Civil Veterinary Department. Madras. Admin. report 1926-33 - 1926-1933
Year: 1926
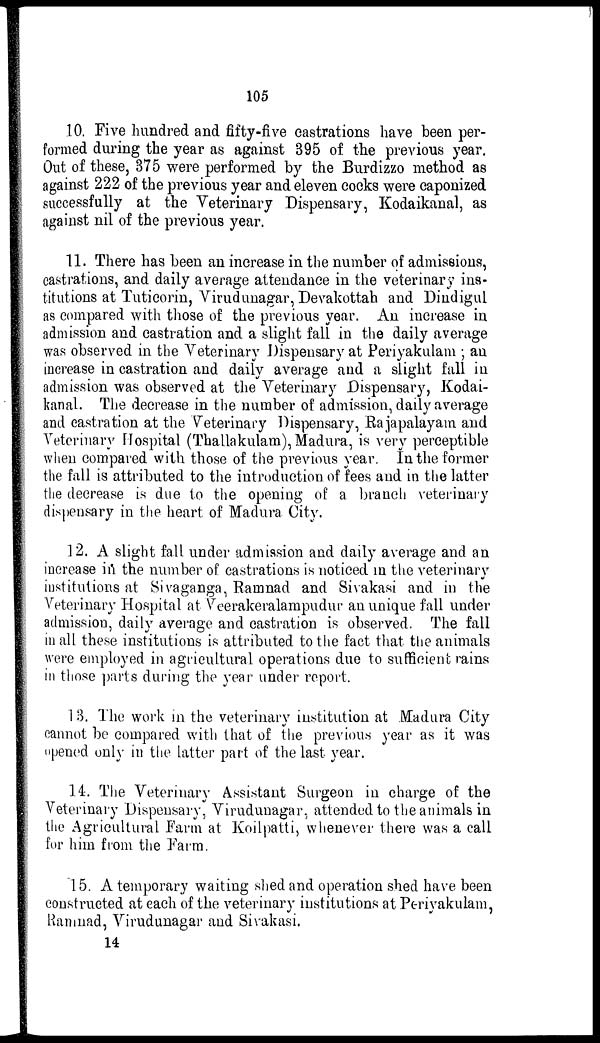
105
10. Five hundred and fifty-five castrations have been per-
formed during the year as against 395 of the previous year.
Out of these, 375 were performed by the Burdizzo method as
against 222 of the previous year and eleven cocks were caponized
successfully at the Veterinary Dispensary, Kodaikanal, as
against nil of the previous year.
11. There has been an increase in the number of admissions,
castrations, and daily average attendance in the veterinary ins-
titutions at Tuticorin, Virudunagar, Devakottah and Dindigul
as compared with those of the previous year. An increase in
admission and castration and a slight fall in the daily average
was observed in the Veterinary Dispensary at Periyakulam ; an
increase in castration and daily average and a slight fall in
admission was observed at the Veterinary Dispensary, Kodai-
kanal. The decrease in the number of admission, daily average
and castration at the Veterinary Dispensary, Rajapalayam and
Veterinary Hospital (Thallakulam), Madura, is very perceptible
when compared with those of the previous year. In the former
the fall is attributed to the introduction of fees and in the latter
the decrease is due to the opening of a branch veterinary
dispensary in the heart of Madura City.
12. A slight fall under admission and daily average and an
increase in the number of castrations is noticed in the veterinary
institutions at Sivaganga, Ramnad and Sivakasi and in the
Veterinary Hospital at Veerakeralampudur an unique fall under
admission, daily average and castration is observed. The fall
in all these institutions is attributed to the fact that the animals
were employed in agricultural operations due to sufficient rains
in those parts during the year under report.
13. The work in the veterinary institution at Madura City
cannot be compared with that of the previous year as it was
opened only in the latter part of the last year.
14. The Veterinary Assistant Surgeon in charge of the
Veterinary Dispensary, Virudunagar, attended to the animals in
the Agricultural Farm at Koilpatti, whenever there was a call
for him from the Farm.
15. A temporary waiting shed and operation shed have been
constructed at each of the veterinary institutions at Periyakulam,
Ramnad, Virudunagar and Sivakasi.
14